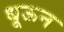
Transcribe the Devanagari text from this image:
धूऊन